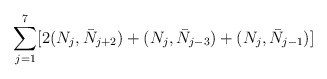
\begin{align*}\sum_{j=1}^{7} [ 2(N_j, \bar{N}_{j+2}) + (N_j, \bar{N}_{j-3})+ (N_j, \bar{N}_{j-1})]\end{align*}